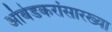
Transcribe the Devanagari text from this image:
आंबेडकरांसारख्या